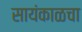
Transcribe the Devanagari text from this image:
सायंकाळचा